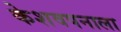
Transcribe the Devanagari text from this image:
केशवपनाला